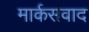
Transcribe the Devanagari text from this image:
मार्कसवाद